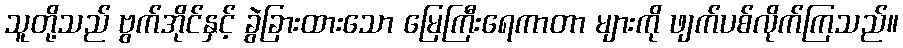
သူတို့သည် ဗွက်အိုင်နှင့် ခွဲခြားထားသော မြေကြီးရေကာတာ များကို ဖျက်ပစ်လိုက်ကြသည်။